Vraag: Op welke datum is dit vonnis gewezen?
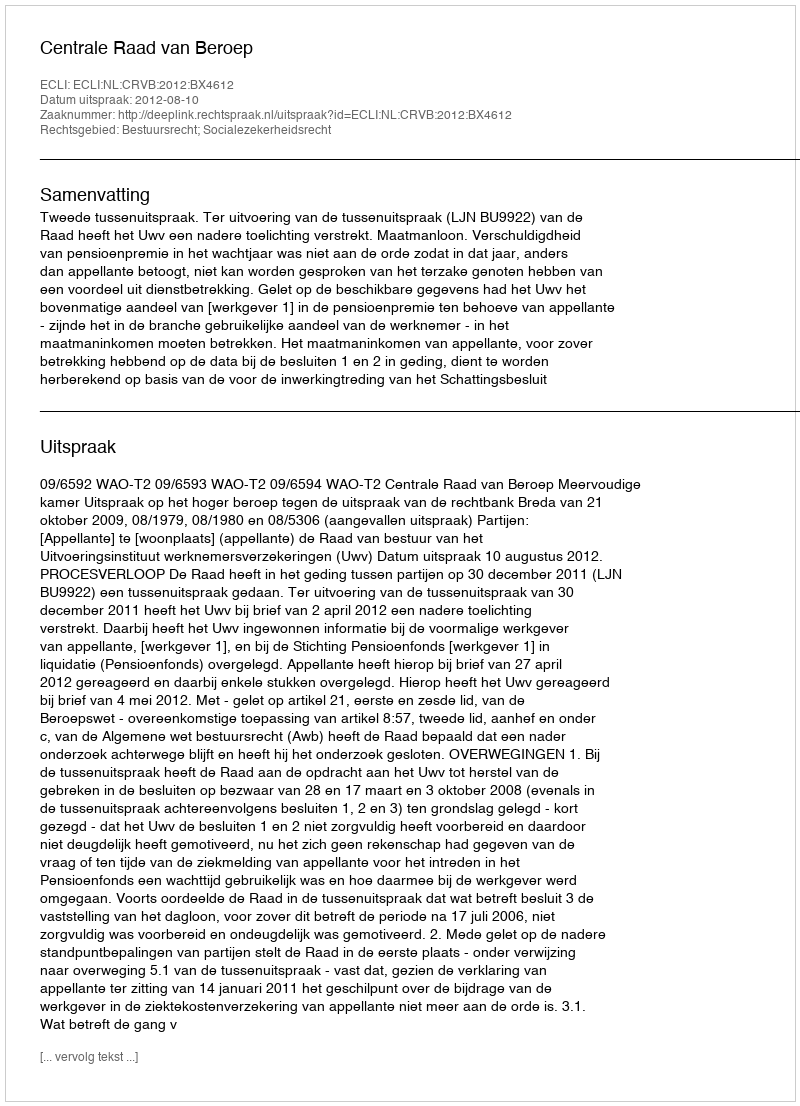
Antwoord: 2012-08-10